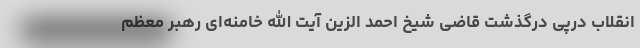
انقلاب درپی درگذشت قاضی شیخ احمد الزین آیت الله خامنه‌ای رهبر معظم